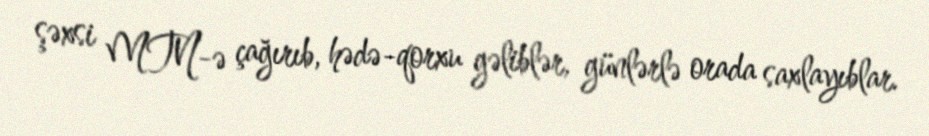
şəxsi MTN-ə çağırıb, hədə-qorxu gəliblər, günlərlə orada saxlayıblar.